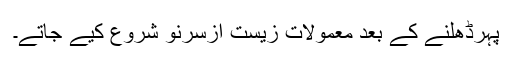
پہرڈھلنے کے بعد معمولات زیست ازسرنو شروع کیے جاتے۔